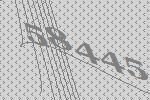
58445